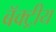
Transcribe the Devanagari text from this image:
बॅक्ट्रीय